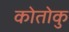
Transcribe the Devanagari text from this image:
कोतोकु